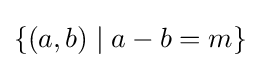
\{(a,b)\mid a-b=m\}